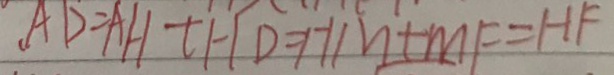
A D = A H + H D = H M + M F = H F